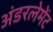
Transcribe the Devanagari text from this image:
अंडरलेमेंट